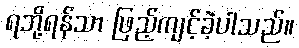
ရဘို့ရန်သာ ဖြည့်ကျင့်ခဲ့ပါသည်။